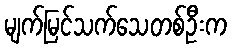
မျက်မြင်သက်သေတစ်ဦးက